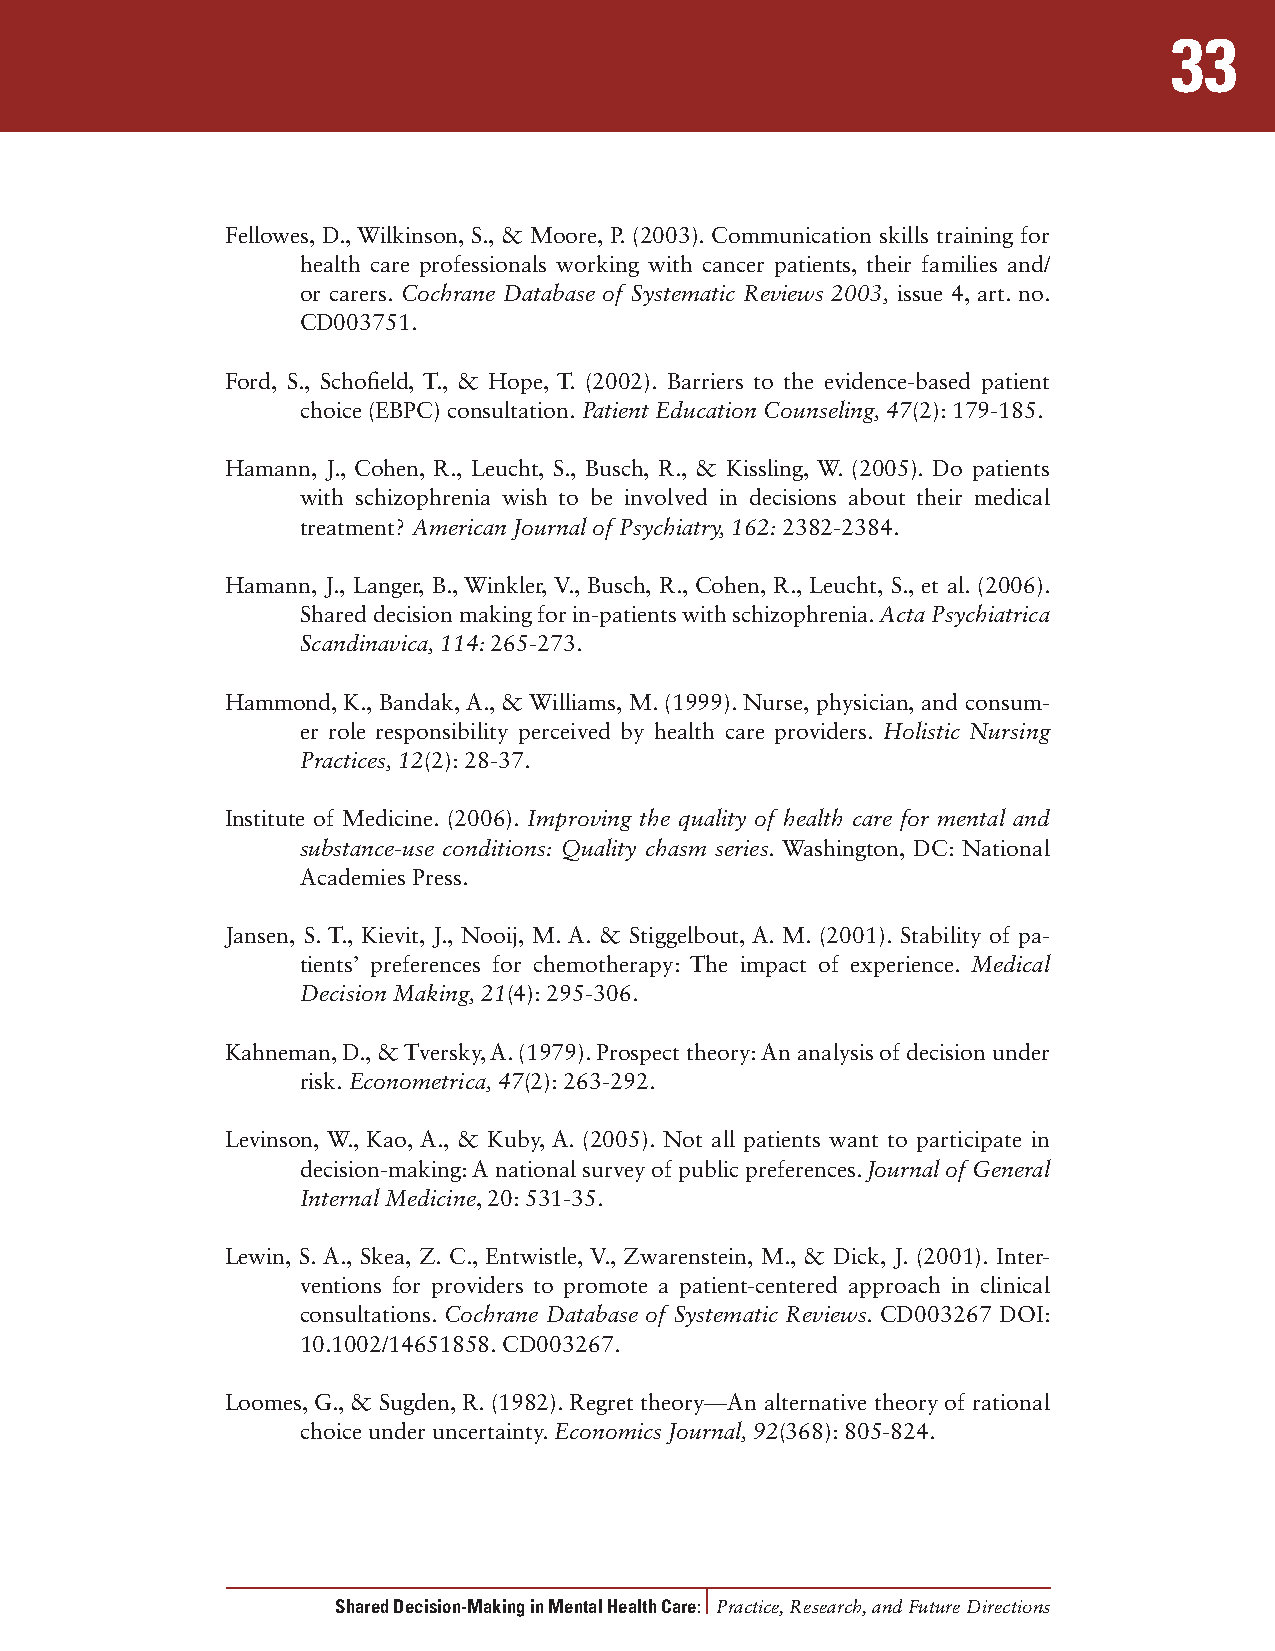
33
 Fellowes, D., Wilkinson, S., & Moore, P. (2003). Communication skills training for
 health care professionals working with cancer patients, their families and/
 or carers. Cochrane Database of Systematic Reviews 2003, issue 4, art. no.
 CD003751.
 Ford, S., Schofield, T., & Hope, T. (2002). Barriers to the evidence-based patient
 choice (EBPC) consultation. Patient Education Counseling, 47(2): 179-185.
 Hamann, J., Cohen, R., Leucht, S., Busch, R., & Kissling, W. (2005). Do patients
 with schizophrenia wish to be involved in decisions about their medical
 treatment? American Journal of Psychiatry, 162: 2382-2384.
 Hamann, J., Langer, B., Winkler, V., Busch, R., Cohen, R., Leucht, S., et al. (2006).
 Shared decision making for in-patients with schizophrenia. Acta Psychiatrica
 Scandinavica, 114: 265-273.
 Hammond, K., Bandak, A., & Williams, M. (1999). Nurse, physician, and consum-
 er role responsibility perceived by health care providers. Holistic Nursing
 Practices,12(2): 28-37.
 Institute of Medicine. (2006). Improving the quality of health care for mental and
 substance-use conditions: Quality chasm series. Washington, DC: National
 Academies Press.
 Jansen, S. T., Kievit, J., Nooij, M. A. & Stiggelbout, A. M. (2001). Stability of pa-
 tients’ preferences for chemotherapy: The impact of experience. Medical
 Decision Making, 21(4): 295-306.
 Kahneman, D., & Tversky, A. (1979). Prospect theory: An analysis of decision under
 risk. Econometrica, 47(2): 263-292.
 Levinson, W., Kao, A., & Kuby, A. (2005). Not all patients want to participate in
 decision-making: A national survey of public preferences. Journal of General
 Internal Medicine, 20: 531-35.
 Lewin, S. A., Skea, Z. C., Entwistle, V., Zwarenstein, M., & Dick, J. (2001). Inter-
 ventions for providers to promote a patient-centered approach in clinical
 consultations. Cochrane Database of Systematic Reviews. CD003267 DOI:
 10.1002/14651858. CD003267.
 Loomes, G., & Sugden, R. (1982). Regret theory—An alternative theory of rational
 choice under uncertainty. Economics Journal, 92(368): 805-824.
 Shared Decision-Making in Mental Health Care: Practice, Research, and Future Directions